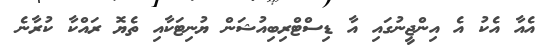
އެއާ އެކު އެ އިންޖީނުގައި އާ ޑިސްޓްރިބިއުޝަން ޔުނިޓަކާއި ތެޔޮ ރައްކާ ކުރާނެ